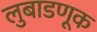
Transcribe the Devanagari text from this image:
लुबाडणूक